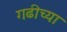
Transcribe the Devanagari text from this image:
गढीच्या